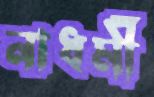
নাধর্মী